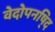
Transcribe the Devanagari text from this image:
वेदोपनषि्द